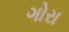
ગોરા